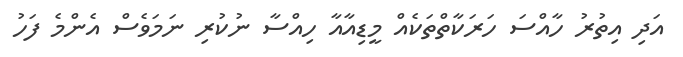
އަދި އިތުރު ހާއްސަ ހަރަކާތްތަކެއް މީޑިއާއާ ހިއްސާ ނުކުރި ނަމަވެސް އެންމެ ފަހު